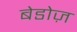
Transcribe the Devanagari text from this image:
बेडोज़